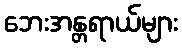
ဘေးအန္တရာယ်များ